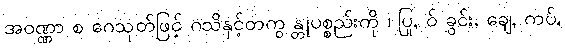
အဝဏ္ဏာ စ ဂေသုတ်ဖြင့် ဂသိနှင့်တကွ န္တုပစ္စည်းကို ၊ ပြု, ဝ် ခွင်း, ချေ, ကပ်,